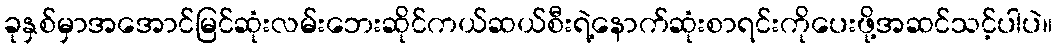
ခုနှစ်မှာအအောင်မြင်ဆုံးလမ်းဘေးဆိုင်ကယ်ဆယ်စီးရဲ့နောက်ဆုံးစာရင်းကိုပေးဖို့အဆင်သင့်ပါပဲ။